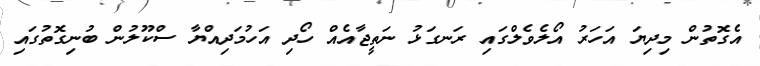
އެގޮތުން މިދިޔަ އަހަރު އޯލެވެލްގައި ރަނގަޅު ނަތީޖާއެއް ހޯދި އަހުމަދިއްޔާ ސްކޫލުން ބުނިގޮތުގައި